Scientific memoirs by medical officers of the Army of India - Part X,
Year: 1897
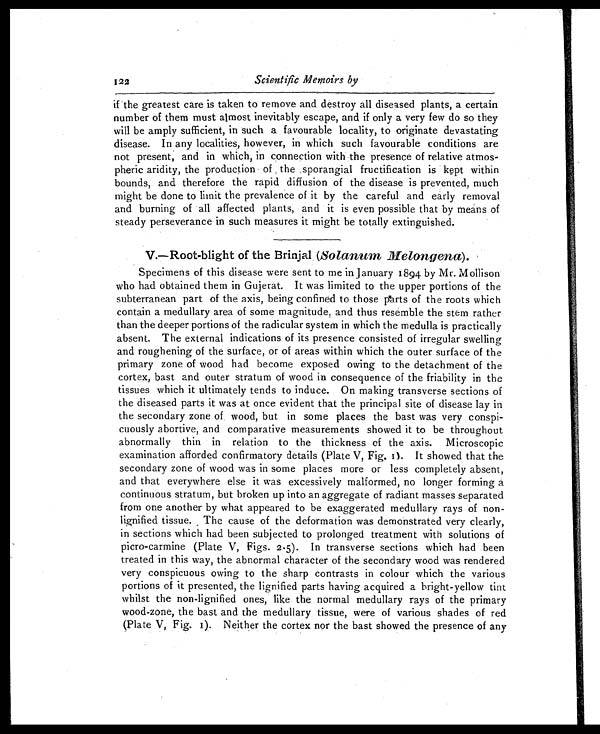
if the greatest care is taken to remove and destroy all diseased plants, a certain
number of them must almost inevitably escape, and if only a very few do so they
will be amply sufficient, in such a favourable locality, to originate devastating
disease. In any localities, however, in which such favourable conditions are
not present, and in which, in connection with the presence of relative atmos-
pheric aridity, the production of , the sporangial fructification is kept within
bounds, and therefore the rapid diffusion of the disease is prevented, much
might be done to limit the prevalence of it by the careful and early removal
and burning of all affected plants, and it is even possible that by means of
steady perseverance in such measures it might be totally extinguished.
V.—Root-blight of the Brinjal . (Solanum Melongena).
Specimens of this disease were sent to me in January 1894 by Mr. Mollison
who had obtained them in Gujerat. It was limited to the upper portions of the
subterranean part of the axis, being confined to those parts of the roots which
contain a medullary area of some magnitude, and thus resemble the stem rather
than the deeper portions of the radicular system in which the medulla is practically
absent. The external indications of its presence consisted of irregular swelling
and roughening of the surface, or of areas within which the outer surface of the
primary zone of wood had become exposed owing to the detachment of the
cortex, bast and outer stratum of wood in consequence of the friability in the
tissues which it ultimately tends to induce. On making transverse sections of
the diseased parts it was at once evident that the principal site of disease lay in
the secondary zone of wood, but in some places the bast was very conspi-
cuously abortive, and comparative measurements showed it to be throughout
abnormally thin in relation to the thickness of the axis. Microscopic
examination afforded confirmatory details (Plate V, Fig. 1). It showed that the
secondary zone of wood was in some places more or less completely absent,
and that everywhere else it was excessively malformed, no longer forming a
continuous stratum, but broken up into an aggregate of radiant masses separated
from one another by what appeared to be exaggerated medullary rays of non-
lignified tissue. The cause of the deformation was demonstrated very clearly,
in sections which had been subjected to prolonged treatment with solutions of
picro-carmine (Plate V, Figs. 2.5). In transverse sections which had been
treated in this way, the abnormal character of the secondary wood was rendered
very conspicuous owing to the sharp contrasts in colour which the various
portions of it presented, the lignified parts having acquired a bright-yellow tint
whilst the non-lignified ones, like the normal medullary rays of the primary
wood-zone, the bast and the medullary tissue, were of various shades of red
(Plate V, Fig. 1). Neither the cortex nor the bast showed the presence of any